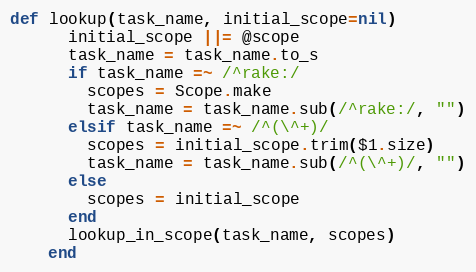
Language: Ruby
def lookup(task_name, initial_scope=nil)
      initial_scope ||= @scope
      task_name = task_name.to_s
      if task_name =~ /^rake:/
        scopes = Scope.make
        task_name = task_name.sub(/^rake:/, "")
      elsif task_name =~ /^(\^+)/
        scopes = initial_scope.trim($1.size)
        task_name = task_name.sub(/^(\^+)/, "")
      else
        scopes = initial_scope
      end
      lookup_in_scope(task_name, scopes)
    end